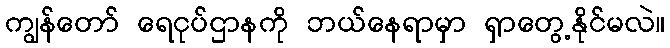
ကျွန်တော် ရေငုပ်ဌာနကို ဘယ်နေရာမှာ ရှာတွေ့နိုင်မလဲ။